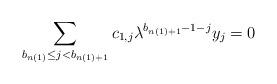
LaTeX: \begin{align*} \sum_{b_{n(1)}\leq j<b_{n(1)+1}} c_{1,j} \lambda^{b_{n(1)+1}-1-j} y_j=0\end{align*}